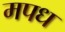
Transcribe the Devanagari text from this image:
मपध